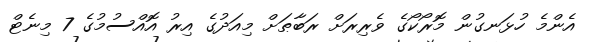
އެންމެ ހުޅަނގުން މޮރޯކޯގެ ވެރިރަށް ރަބާޠަށް މިއަދުގެ އިރު އޮއްސުމުގެ 7 މިނެޓް